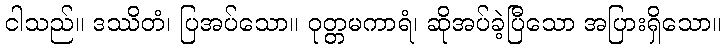
ငါသည်။ ဒဿိတံ၊ ပြအပ်သော။ ဝုတ္တမကာရံ၊ ဆိုအပ်ခဲ့ပြီသော အပြားရှိသော။